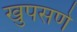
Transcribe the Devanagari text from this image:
खुपसणे